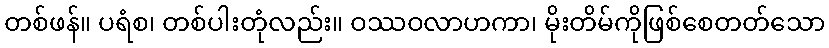
တစ်ဖန်။ ပရံစ၊ တစ်ပါးတုံလည်း။ ဝဿဝလာဟကာ၊ မိုးတိမ်ကိုဖြစ်စေတတ်သော